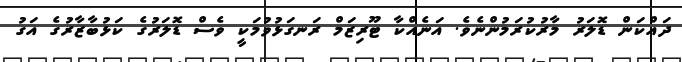
ދައްކަން ޑޮލަރު މާރުކުރަމުންނެވެ. އަނެއްކާ ޓޫރިޒަމް ރަނގަޅުވުމަކީ ވެސް ޑޮލަރުގެ ކަޅުބާޒާރުގެ އަގު